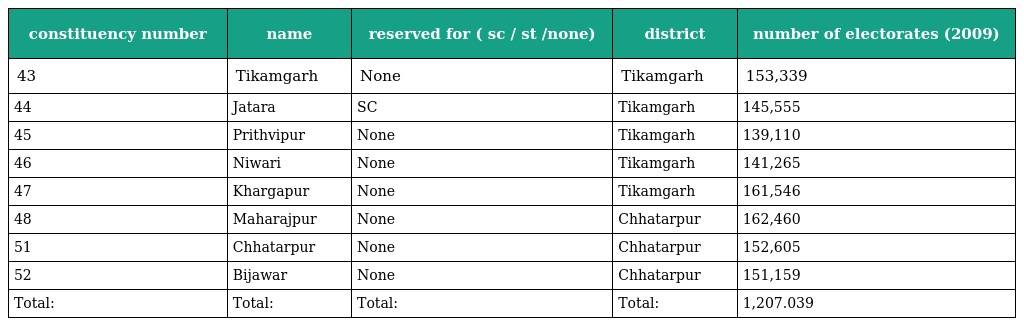
| constituency number | name | reserved for ( sc / st /none) | district | number of electorates (2009) |
 | --- | --- | --- | --- | --- |
 | 43 | Tikamgarh | None | Tikamgarh | 153,339 |
 | 44 | Jatara | SC | Tikamgarh | 145,555 |
 | 45 | Prithvipur | None | Tikamgarh | 139,110 |
 | 46 | Niwari | None | Tikamgarh | 141,265 |
 | 47 | Khargapur | None | Tikamgarh | 161,546 |
 | 48 | Maharajpur | None | Chhatarpur | 162,460 |
 | 51 | Chhatarpur | None | Chhatarpur | 152,605 |
 | 52 | Bijawar | None | Chhatarpur | 151,159 |
 | Total: | Total: | Total: | Total: | 1,207.039 |